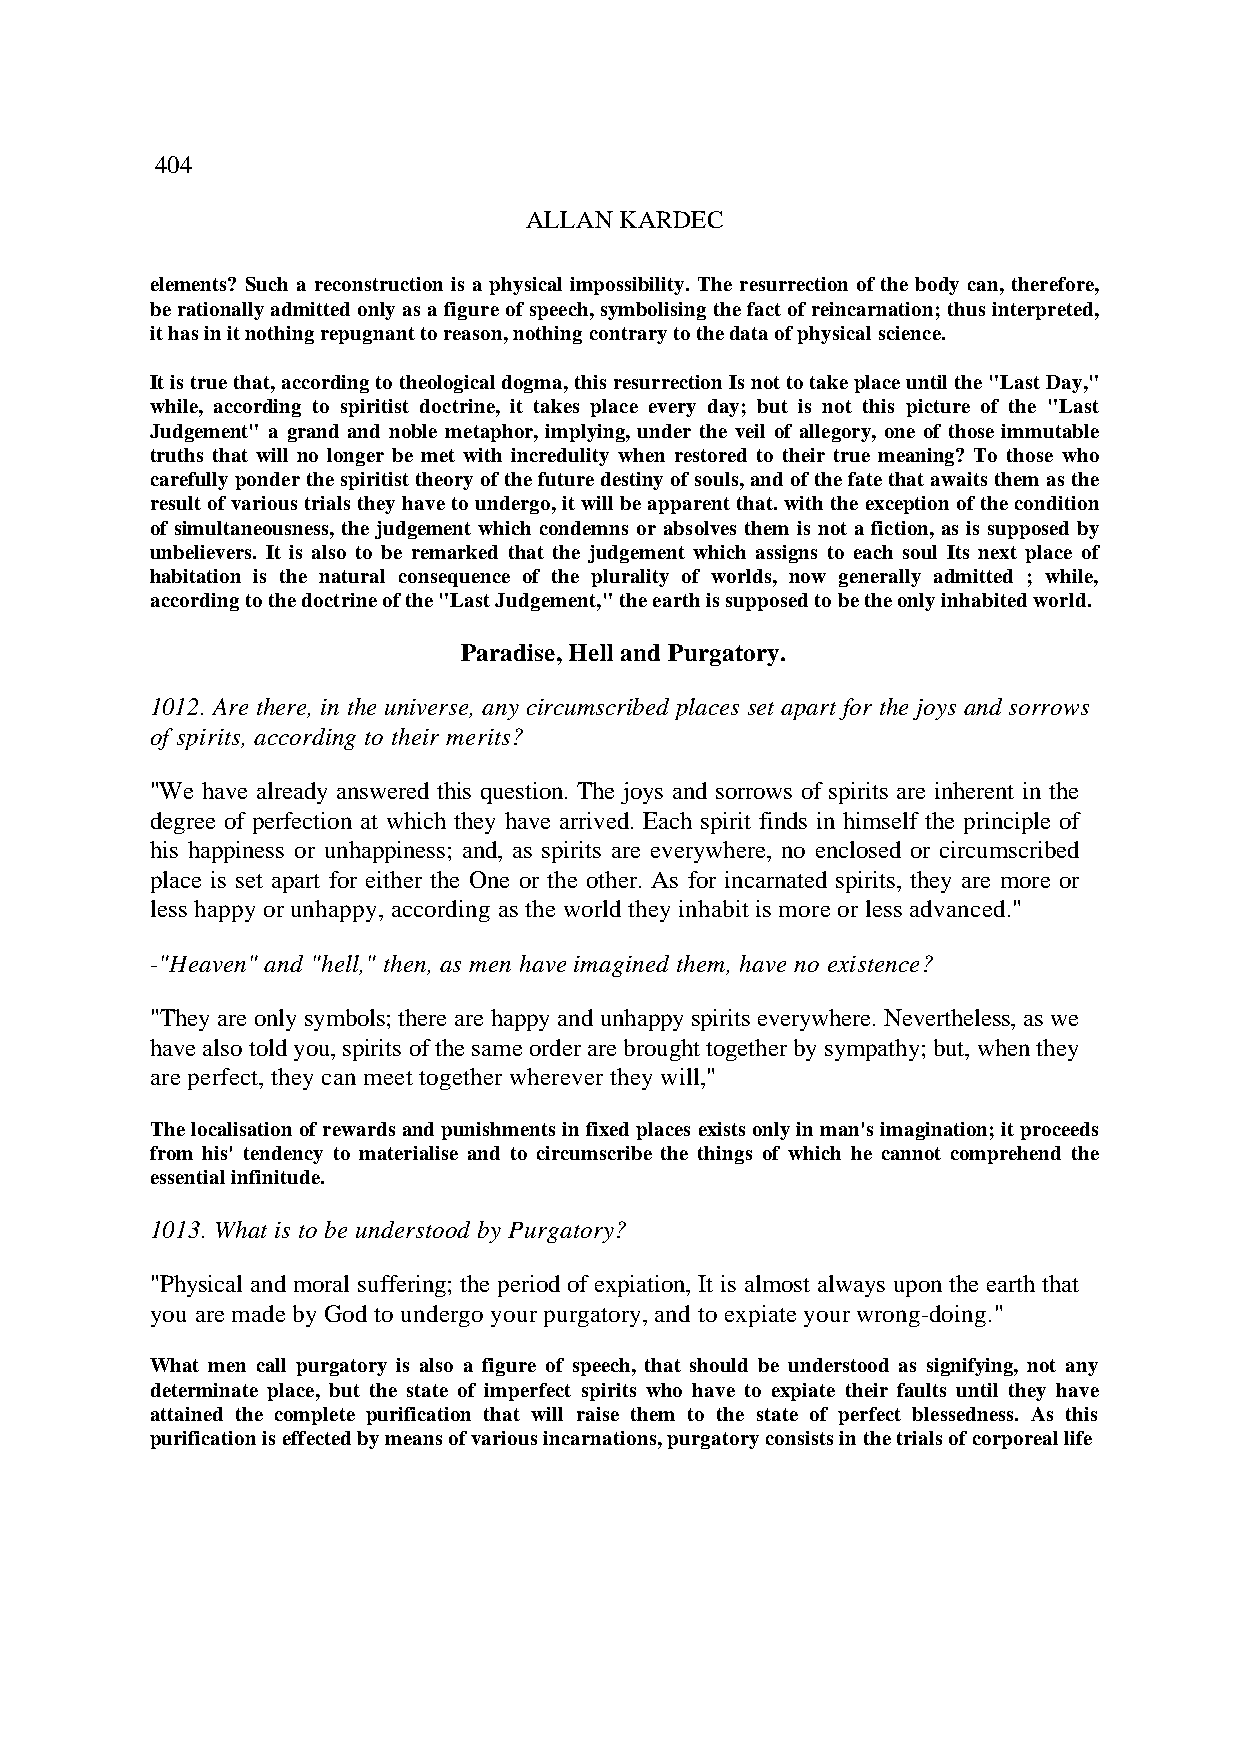
404
 ALLAN KARDEC
 elements? Such a reconstruction is a physical impossibility. The resurrection of the body can, therefore,
 be rationally admitted only as a figure of speech, symbolising the fact of reincarnation; thus interpreted,
 it has in it nothing repugnant to reason, nothing contrary to the data of physical science.
 It is true that, according to theological dogma, this resurrection Is not to take place until the "Last Day,"
 while, according to spiritist doctrine, it takes place every day; but is not this picture of the "Last
 Judgement" a grand and noble metaphor, implying, under the veil of allegory, one of those immutable
 truths that will no longer be met with incredulity when restored to their true meaning? To those who
 carefully ponder the spiritist theory of the future destiny of souls, and of the fate that awaits them as the
 result of various trials they have to undergo, it will be apparent that. with the exception of the condition
 of simultaneousness, the judgement which condemns or absolves them is not a fiction, as is supposed by
 unbelievers. It is also to be remarked that the judgement which assigns to each soul Its next place of
 habitation is the natural consequence of the plurality of worlds, now generally admitted ; while,
 according to the doctrine of the "Last Judgement," the earth is supposed to be the only inhabited world.
 Paradise, Hell and Purgatory.
 1012. Are there, in the universe, any circumscribed places set apart for the joys and sorrows
 of spirits, according to their merits?
 "We have already answered this question. The joys and sorrows of spirits are inherent in the
 degree of perfection at which they have arrived. Each spirit finds in himself the principle of
 his happiness or unhappiness; and, as spirits are everywhere, no enclosed or circumscribed
 place is set apart for either the One or the other. As for incarnated spirits, they are more or
 less happy or unhappy, according as the world they inhabit is more or less advanced."
 -"Heaven" and "hell," then, as men have imagined them, have no existence?
 "They are only symbols; there are happy and unhappy spirits everywhere. Nevertheless, as we
 have also told you, spirits of the same order are brought together by sympathy; but, when they
 are perfect, they can meet together wherever they will,"
 The localisation of rewards and punishments in fixed places exists only in man's imagination; it proceeds
 from his' tendency to materialise and to circumscribe the things of which he cannot comprehend the
 essential infinitude.
 1013. What is to be understood by Purgatory?
 "Physical and moral suffering; the period of expiation, It is almost always upon the earth that
 you are made by God to undergo your purgatory, and to expiate your wrong-doing."
 What men call purgatory is also a figure of speech, that should be understood as signifying, not any
 determinate place, but the state of imperfect spirits who have to expiate their faults until they have
 attained the complete purification that will raise them to the state of perfect blessedness. As this
 purification is effected by means of various incarnations, purgatory consists in the trials of corporeal life.